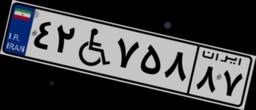
۴۲W۷۵۸۸۷